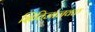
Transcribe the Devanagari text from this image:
क्षितिजाजवळ